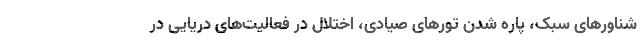
شناورهای سبک، پاره شدن تورهای صیادی، اختلال در فعالیت‌های دریایی در